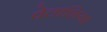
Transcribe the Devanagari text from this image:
वेलाशिया